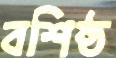
বশিষ্ঠ